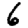
Digit: 6